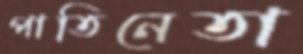
পাতিনেতা